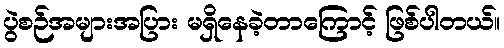
ပွဲစဉ်အများအပြား မရှိနေခဲ့တာကြောင့် ဖြစ်ပါတယ်။